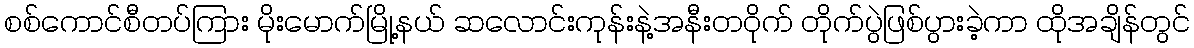
စစ်ကောင်စီတပ်ကြား မိုးမောက်မြို့နယ် ဆလောင်းကုန်းနဲ့အနီးတဝိုက် တိုက်ပွဲဖြစ်ပွားခဲ့ကာ ထိုအချိန်တွင်